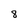
Character: 8